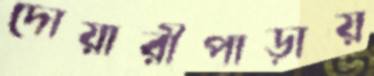
দোয়ারীপাড়ায়